65_HS1-834228961_62-HQ-83894_Section_7
Agency: FBI
Page 1
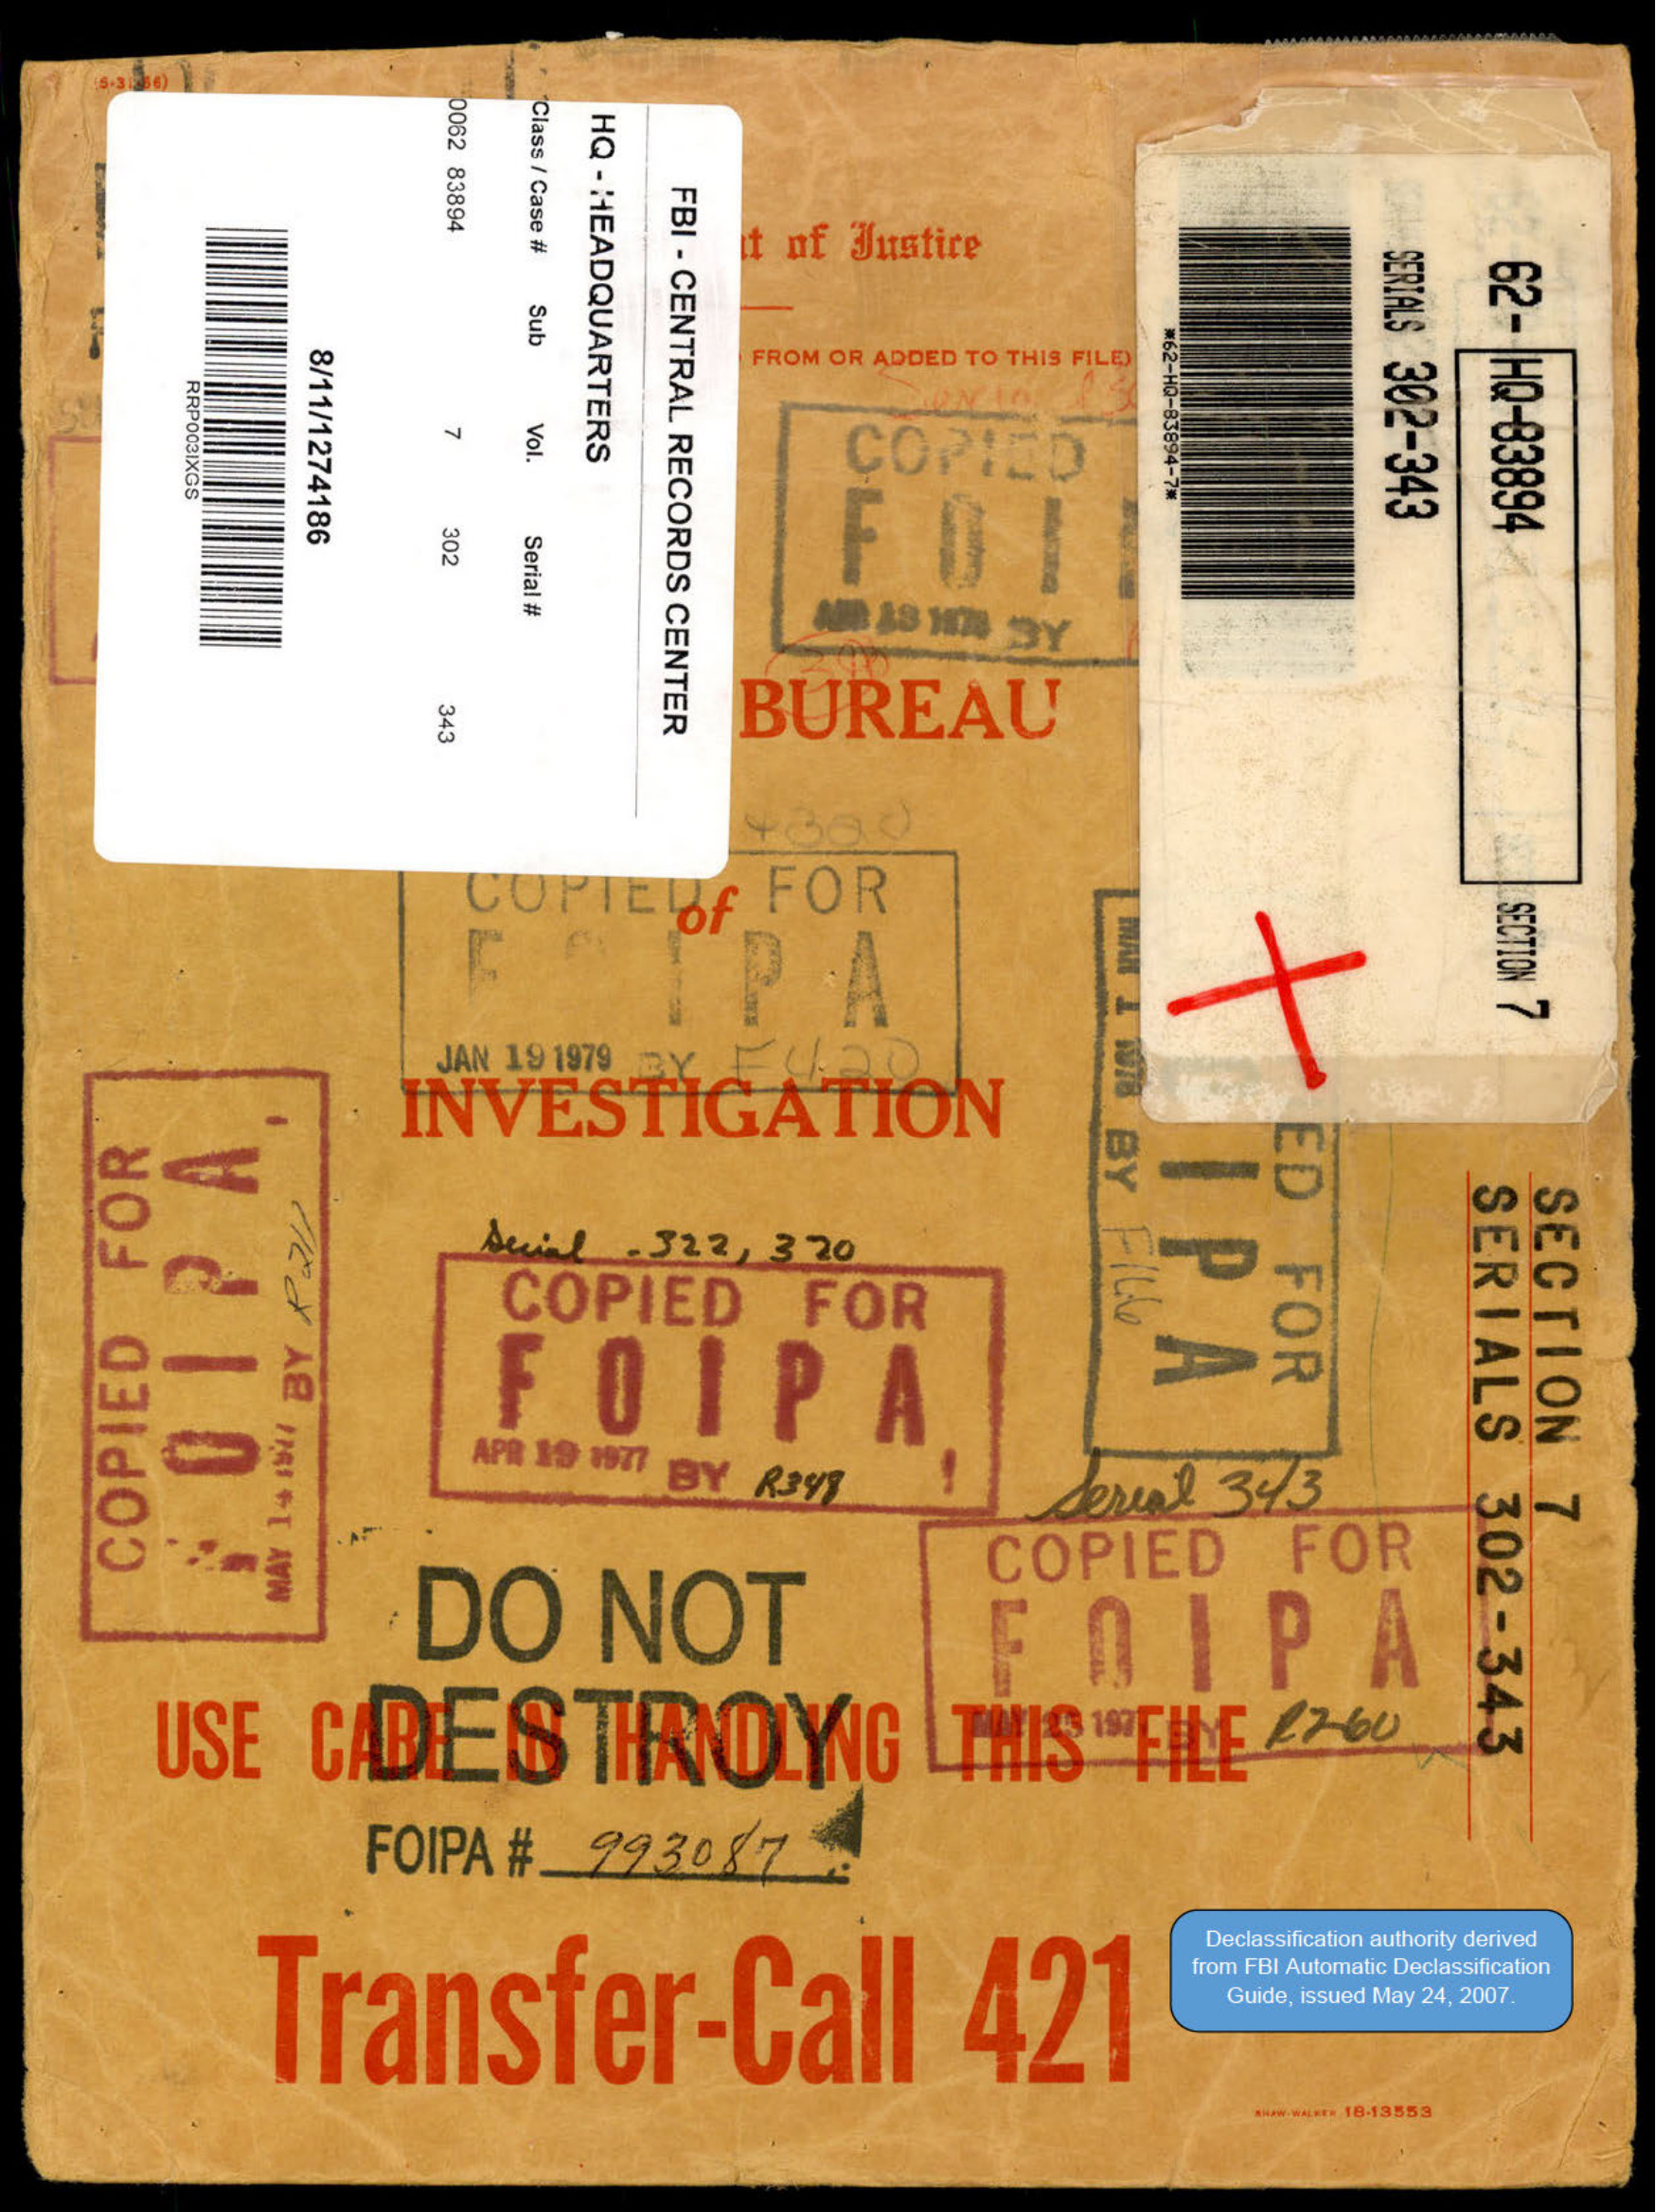